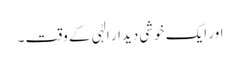
اور ایک خوشی دیدارِ الٰہی کے وقت ۔